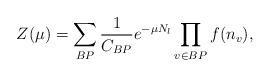
LaTeX: \begin{align*} Z(\mu) = \sum_{BP} \frac{1}{C_{BP}}e^{-\mu N_{l}}\prod_{v\in BP}f(n_v),\end{align*}